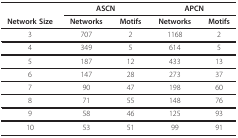
<table><thead><tr><td></td><td colspan="2"><b>ASCN</b></td><td colspan="2"><b>APCN</b></td></tr><tr><td><b>Network Size</b></td><td><b>Networks</b></td><td><b>Motifs</b></td><td><b>Networks</b></td><td><b>Motifs</b></td></tr></thead><tbody><tr><td>3</td><td>707</td><td>2</td><td>1168</td><td>2</td></tr><tr><td>4</td><td>349</td><td>5</td><td>614</td><td>5</td></tr><tr><td>5</td><td>187</td><td>12</td><td>433</td><td>13</td></tr><tr><td>6</td><td>147</td><td>28</td><td>273</td><td>37</td></tr><tr><td>7</td><td>90</td><td>47</td><td>198</td><td>60</td></tr><tr><td>8</td><td>71</td><td>55</td><td>148</td><td>76</td></tr><tr><td>9</td><td>58</td><td>46</td><td>125</td><td>93</td></tr><tr><td>10</td><td>53</td><td>51</td><td>99</td><td>91</td></tr></tbody></table>